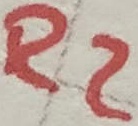
Text: R2